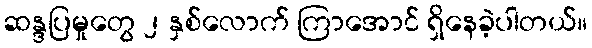
ဆန္ဒပြမှုတွေ ၂ နှစ်လောက် ကြာအောင် ရှိနေခဲ့ပါတယ်။